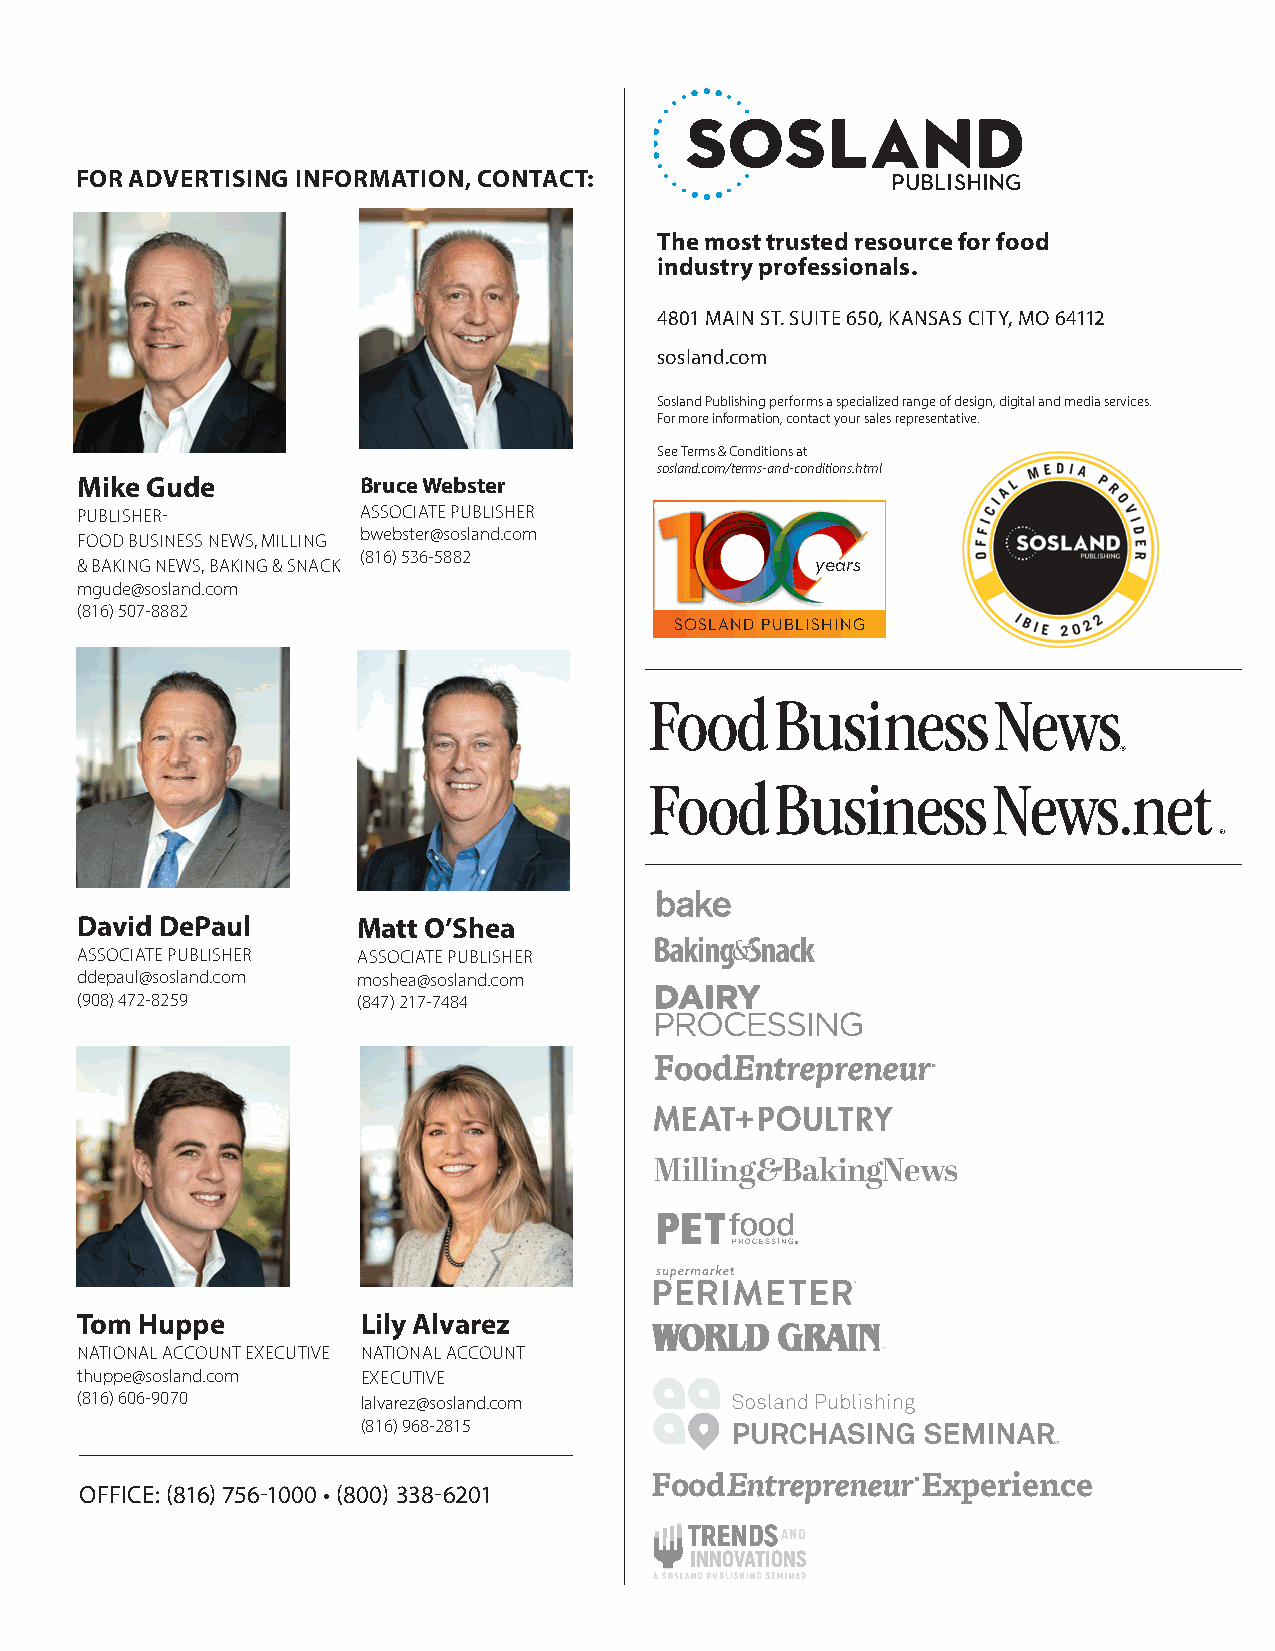
FOR ADVERTISING INFORMATION, CONTACT:
 The most trusted resource for food
 industry professionals.
 4801 MAIN ST. SUITE 650, KANSAS CITY, MO 64112
 sosland.com
 Sosland Publishing performs a specialized range of design, digital and media services.
 For more information, contact your sales representative.
 See Terms & Conditions at
 sosland.com/terms-and-conditions.html
 Mike Gude          Bruce Webster
 PUBLISHER-         ASSOCIATE PUBLISHER
 bwebster@sosland.com
 FOOD BUSINESS NEWS, MILLING
 (816) 536-5882
 & BAKING NEWS, BAKING & SNACK                    years
 mgude@sosland.com
 (816) 507-8882
 SOSLAND PUBLISHING
 Food    Business       News.net
 NEWS, MARKETS AND ANALYSIS FOR THE FOOD PROCESSING INDUSTRY
 David DePaul       Matt O’Shea
 ASSOCIATE PUBLISHER ASSOCIATE PUBLISHER
 ddepaul@sosland.com moshea@sosland.com
 (908) 472-8259     (847) 217-7484
 FoodEntrepreneur
 ®
 Milling&BakingNews
 ®
 Tom Huppe          Lily Alvarez
 NATIONAL ACCOUNT EXECUTIVE NATIONAL ACCOUNT
 thuppe@sosland.com EXECUTIVE
 (816) 606-9070     lalvarez@sosland.com
 (816) 968-2815
 FoodEntrepreneur  ®Experience
 OFFICE: (816) 756-1000 • (800) 338-6201